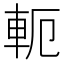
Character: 軛